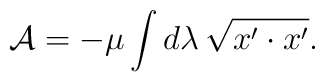
{\cal A}= -\mu\int d\lambda\,\sqrt{{x^{\prime}}\cdot{x^{\prime}}}.